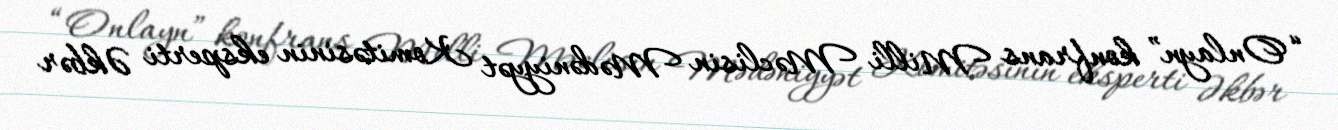
“Onlayn” konfrans Milli Məclisin Mədəniyyət Komitəsinin eksperti Əkbər